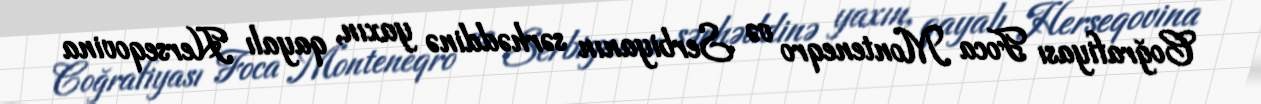
Coğrafiyası Foca Monteneqro və Serbiyanın sərhəddinə yaxın, qayalı Herseqovina